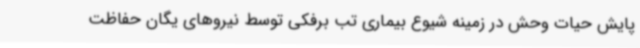
پایش حیات وحش در زمینه شیوع بیماری تب برفکی توسط نیروهای یگان حفاظت